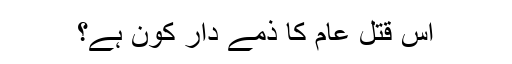
اس قتل عام کا ذمے دار کون ہے؟